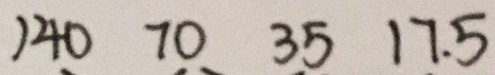
1 4 0 7 0 3 5 1 7 . 5